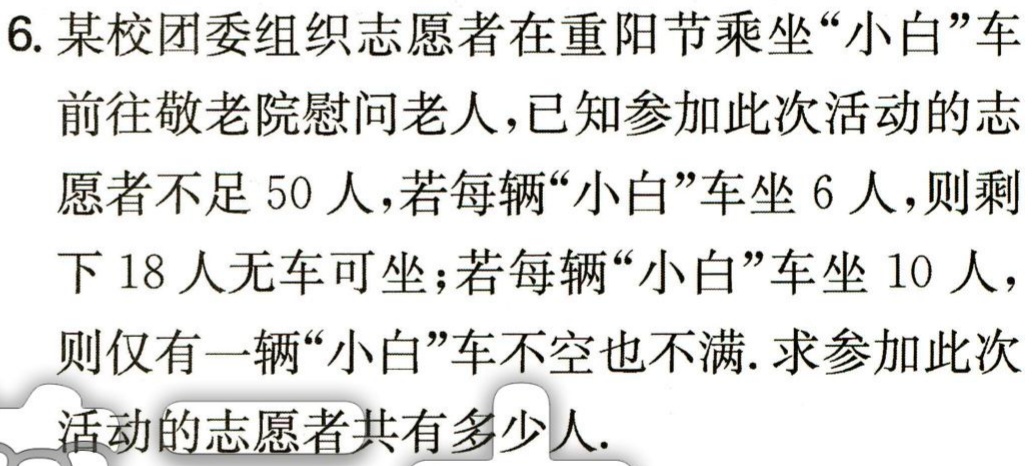
6. 某校团委组织志愿者在重阳节乘坐“小白”车

前往敬老院慰问老人，已知参加此次活动的志

愿者不足 50 人，若每辆“小白”车坐 6 人，则剩

下 18 人无车可坐；若每辆“小白”车坐 10 人，

则仅有一辆“小白”车不空也不满. 求参加此次

活动的志愿者共有多少人.